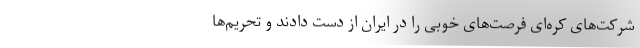
شرکت‌های کره‌ای فرصت‌های خوبی را در ایران از دست دادند و تحریم‌ها